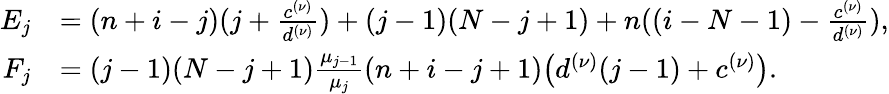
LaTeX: \begin{array}{rl}{E_{j}}&{=(n+i-j)(j+\frac{c^{(\nu)}}{d^{(\nu)}})+(j-1)(N-j+1)+n((i-N-1)-\frac{c^{(\nu)}}{d^{(\nu)}}),}\\ {F_{j}}&{=(j-1)(N-j+1)\frac{\mu_{j-1}}{\mu_{j}}(n+i-j+1)\big(d^{(\nu)}(j-1)+c^{(\nu)}\big).}\end{array}